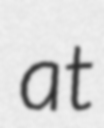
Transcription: at